Summary of work carried on by Mr Hankin - Part III
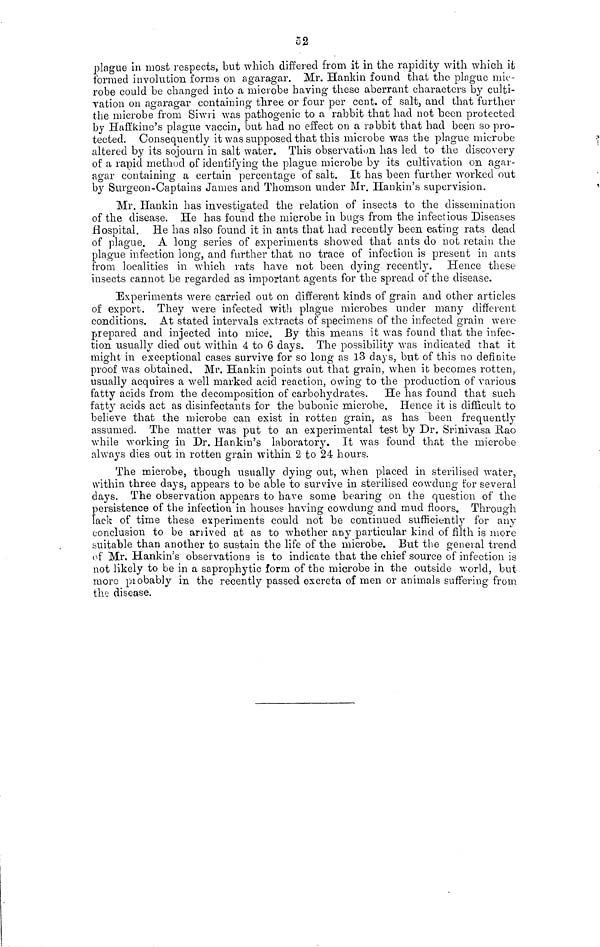
52
plague in most respects, but which differed from it in the rapidity with which it
formed involution forms on agaragar. Mr. Hankin found that the plague mic-
robe could be changed into a microbe having these aberrant characters by culti-
vation on agaragar containing three or four per cent. of salt, and that further
the microbe from Siwri was pathogenic to a rabbit that had not been protected
by Haffkine's plague vaccin, but had no effect on a rabbit that had been so pro-
tected. Consequently it was supposed that this microbe was the plague microbe
altered by its sojourn in salt water. This observation has led to the discovery
of a rapid method of identifying the plague microbe by its cultivation on agar-
agar containing a certain percentage of salt. It has been further worked out
by Surgeon-Captains James and Thomson under Mr. Hankin's supervision.
Mr. Hankin has investigated the relation of insects to the dissemination
of the disease. He has found the microbe in bugs from the infectious Diseases
Hospital. He has also found it in ants that had recently been eating rats dead
of plague. A long series of experiments showed that ants do not retain the
plague infection long, and further that no trace of infection is present in ants
from localities in which rats have not been dying recently. Hence these
insects cannot be regarded as important agents for the spread of the disease.
Experiments were carried out on different kinds of grain and other articles
of export. They were infected with plague microbes under many different
conditions. At stated intervals extracts of specimens of the infected grain were
prepared and injected into mice. By this means it was found that the infec-
tion usually died out within 4 to 6 days. The possibility was indicated that it
might in exceptional cases survive for so long as 13 days, but of this no definite
proof was obtained. Mr. Hankin points out that grain, when it becomes rotten,
usually acquires a well marked acid reaction, owing to the production of various
fatty acids from the decomposition of carbohydrates. He has found that such
fatty acids act as disinfectants for the bubonic microbe. Hence it is difficult to
believe that the microbe can exist in rotten grain, as has been frequently
assumed. The matter was put to an experimental test by Dr. Srinivasa Rao
while working in Dr. Hankin's laboratory. It was found that the microbe
always dies out in rotten grain within 2 to 24 hours.
The microbe, though usually dying out, when placed in sterilised water,
within three days, appears to be able to survive in sterilised cowdung for several
days. The observation appears to have some bearing on the question of the
persistence of the infection in houses having cowdung and mud floors. Through
lack of time these experiments could not be continued sufficiently for any
conclusion to be arrived at as to whether any particular kind of filth is more
suitable than another to sustain the life of the microbe. But the general trend
of Mr. Hankin's observations is to indicate that the chief source of infection is
not likely to be in a saprophytic form of the microbe in the outside world, but
more probably in the recently passed excreta of men or animals suffering from
the disease.